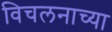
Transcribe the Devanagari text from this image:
विचलनाच्या